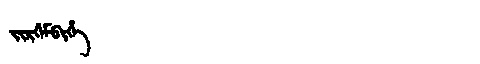
Manchu: ᠵᡳᡵᡤᡝᠮᠪᡳᡥᡝ
Romanization: JIRGEMBIHE